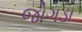
જોગડા